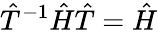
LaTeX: {\hat{T}}^{-1}{\hat{H}}{\hat{T}}={\hat{H}}